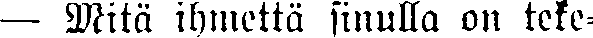
— Mitä ihmettä sinulla on teke-